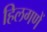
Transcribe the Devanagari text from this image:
हिलगणें